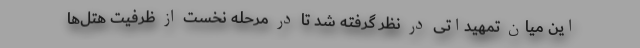
این میان تمهیداتی در نظر گرفته‌ شد تا در مرحله نخست از ظرفیت هتل‌ها